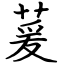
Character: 萲